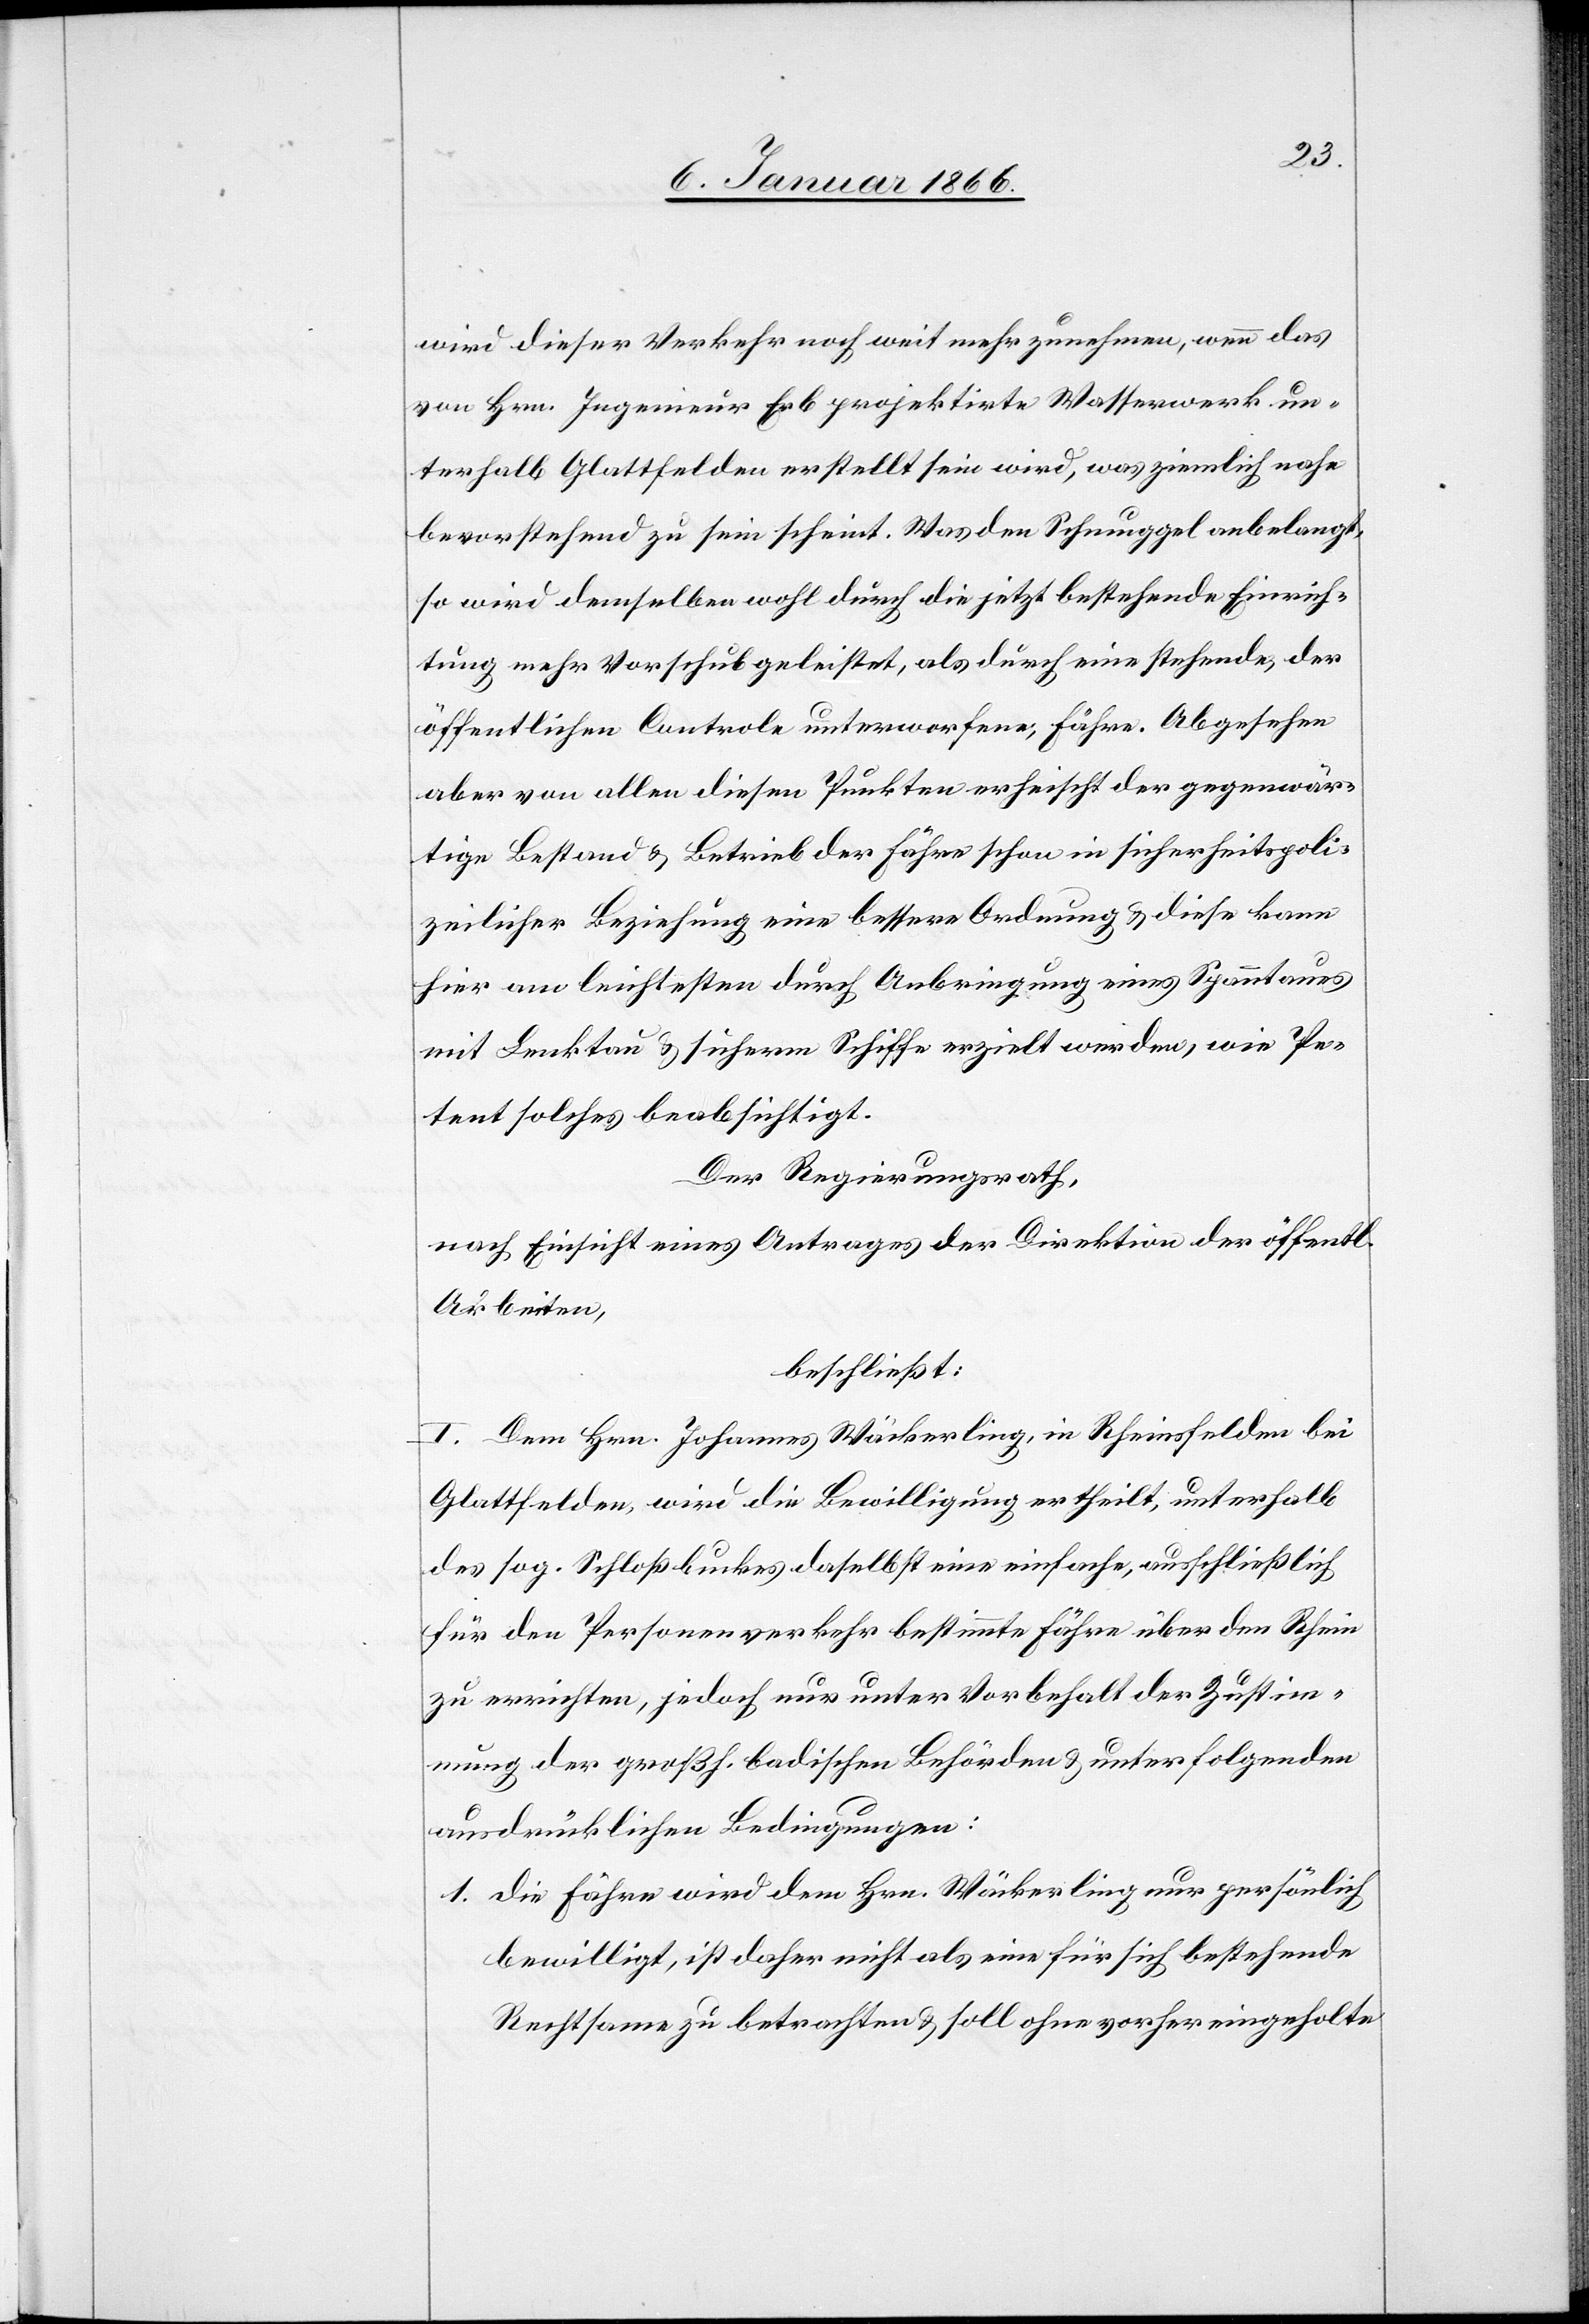
wird dieser Verkehr noch weit mehr zunehmen, wenn das
von Hrn. Ingenieur Erb projektirte Wasserwerk un¬
terhalb Glattfelden erstellt sein wird, was ziemlich nahe
bevorstehend zu sein scheint. Was den Schmuggel anbelangt,
so wird demselben wohl durch die jetzt bestehende Einrich¬
tung mehr Vorschub geleistet, als durch eine stehende, der
öffentlichen Controle unterworfene, Fähre. Abgesehen
aber von allen diesen Punkten erheischt der gegenwär¬
tige Bestand u. Betrieb der Fähre schon in sicherheitspoli¬
zeilicher Beziehung eine bessere Ordnung u. diese kann
hier am leichtesten durch Anbringung eines Spanntaus
mit Lenktau u. sicherem Schiffe erzielt werden, wie Pe¬
tent solches beabsichtigt.
Der Regierungsrath,
nach Einsicht eines Antrages der Direktion der öffentl.
Arbeiten,
beschließt:
I. Dem Hrn Johannes Wäckerling, in Rheinsfelden bei
Glattfelden, wird die Bewilligung ertheilt, unterhalb
des sog. Schloßbuckes daselbst eine einfache, ausschließlich
für den Personenverkehr bestimmte Fähre über den Rhein
zu errichten, jedoch nur unter Vorbehalt der Zustim¬
mung der großh. badischen Behörden u. unter folgender
ausdrücklichen Bedingungen:
Die Fähre wird dem Hrn. Wäckerling nur persönlich
bewilligt, ist daher nicht als eine für sich bestehende
Rechtform zu betrachten u. soll ohne vorher eingeholte